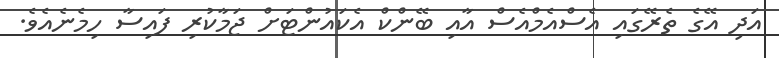
އަދި އޭގެ ތެރޭގައި އެސްއެމްއެސް އާއި ބޭންކް އެކައުންޓަށް ޖަމާކުރި ފައިސާ ހިމެނެއެވެ.